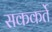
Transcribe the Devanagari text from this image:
सककर्ते